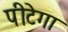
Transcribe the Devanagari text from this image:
पीटेगा